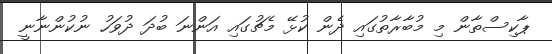
ޕާކިސްތާން މި މުބާރާތުގައި ދެން ކުޅޭ މެޗުގައި އަންނަ ބުދަ ދުވަހު ނުކުންނާނީ